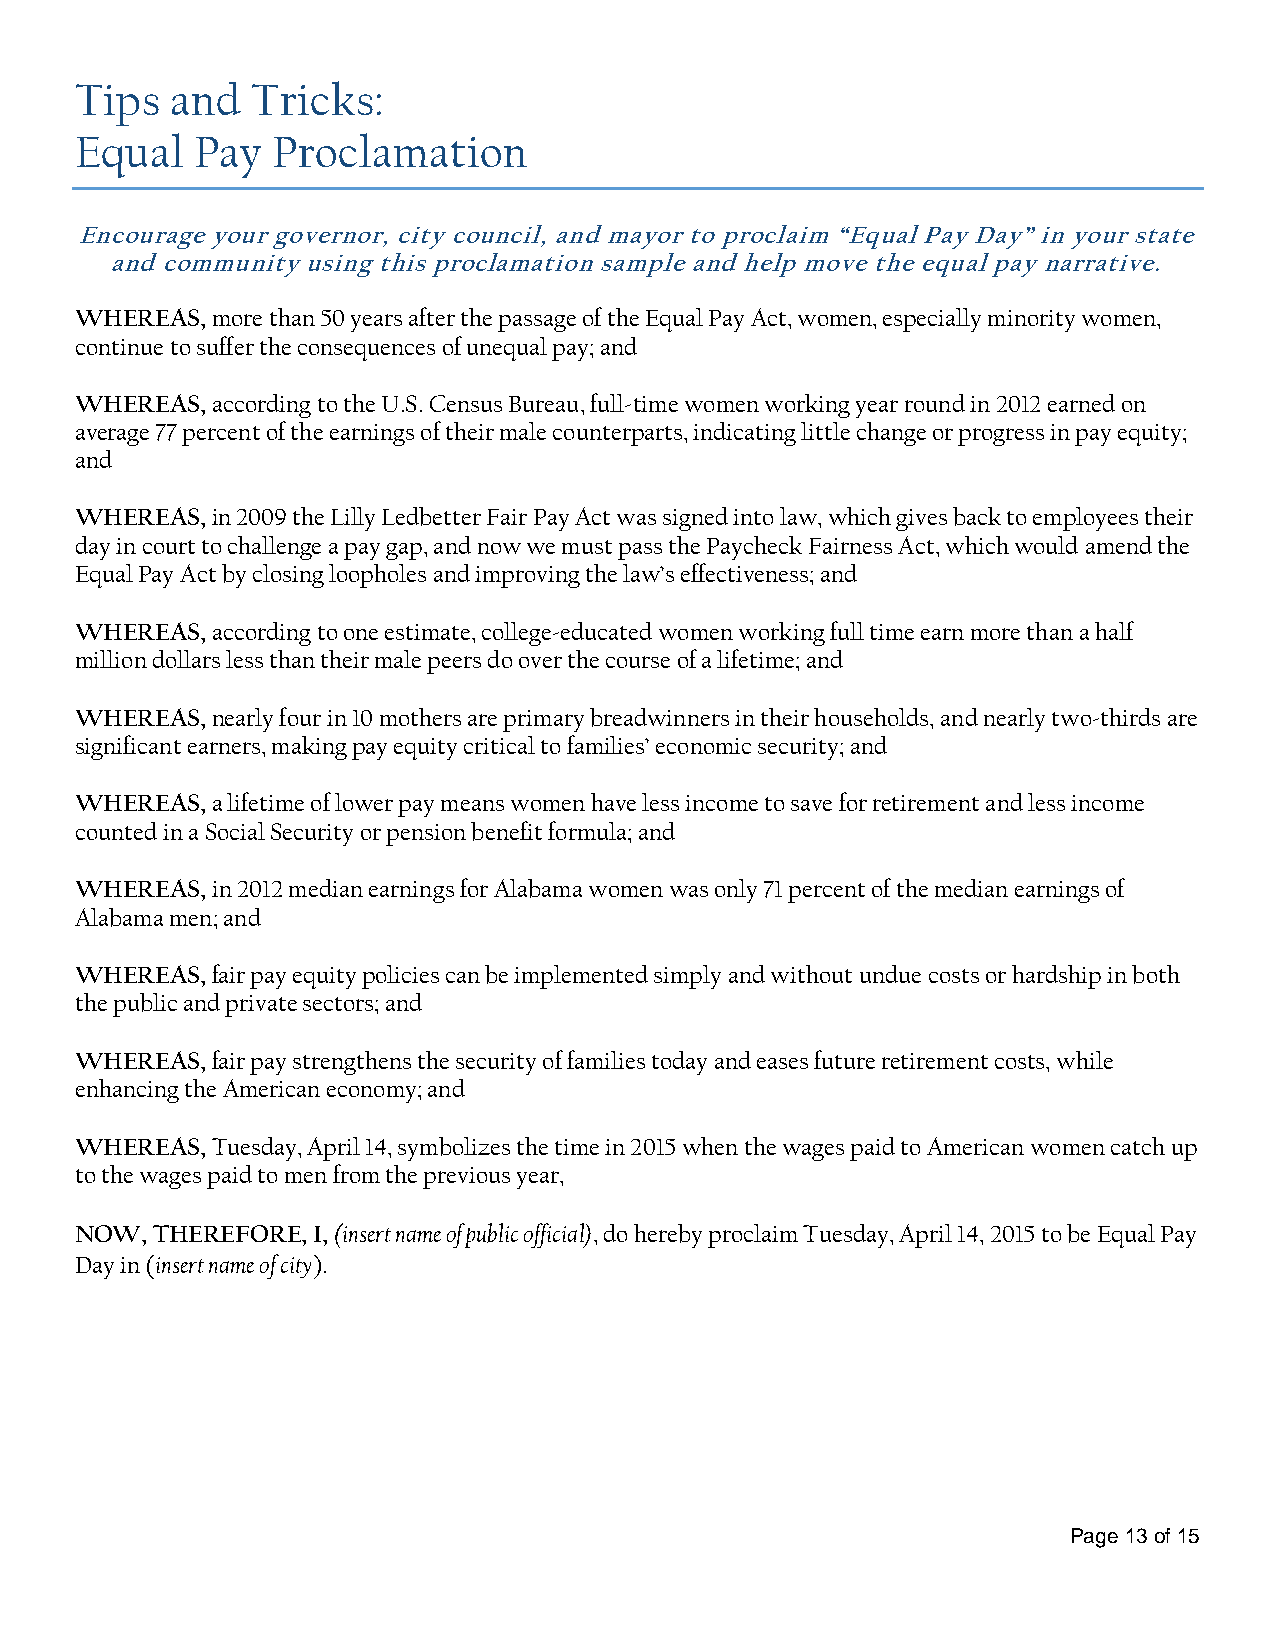
Tips  and   Tricks:
 Equal   Pay  Proclamation
 Encourage your governor, city council, and mayor to proclaim “Equal Pay Day” in your state
 and community using this proclamation sample and help move the equal pay narrative.
 WHEREAS, more than 50 years after the passage of the Equal Pay Act, women, especially minority women,
 continue to suffer the consequences of unequal pay; and
 WHEREAS, according to the U.S. Census Bureau, full-time women working year round in 2012 earned on
 average 77 percent of the earnings of their male counterparts, indicating little change or progress in pay equity;
 and
 WHEREAS, in 2009 the Lilly Ledbetter Fair Pay Act was signed into law, which gives back to employees their
 day in court to challenge a pay gap, and now we must pass the Paycheck Fairness Act, which would amend the
 Equal Pay Act by closing loopholes and improving the law’s effectiveness; and
 WHEREAS, according to one estimate, college-educated women working full time earn more than a half
 million dollars less than their male peers do over the course of a lifetime; and
 WHEREAS, nearly four in 10 mothers are primary breadwinners in their households, and nearly two-thirds are
 significant earners, making pay equity critical to families’ economic security; and
 WHEREAS, a lifetime of lower pay means women have less income to save for retirement and less income
 counted in a Social Security or pension benefit formula; and
 WHEREAS, in 2012 median earnings for Alabama women was only 71 percent of the median earnings of
 Alabama men; and
 WHEREAS, fair pay equity policies can be implemented simply and without undue costs or hardship in both
 the public and private sectors; and
 WHEREAS, fair pay strengthens the security of families today and eases future retirement costs, while
 enhancing the American economy; and
 WHEREAS, Tuesday, April 14, symbolizes the time in 2015 when the wages paid to American women catch up
 to the wages paid to men from the previous year,
 NOW, THEREFORE, I, (insert name of public official), do hereby proclaim Tuesday, April 14, 2015 to be Equal Pay
 Day in (insert name of city).
 Page 13 of 15